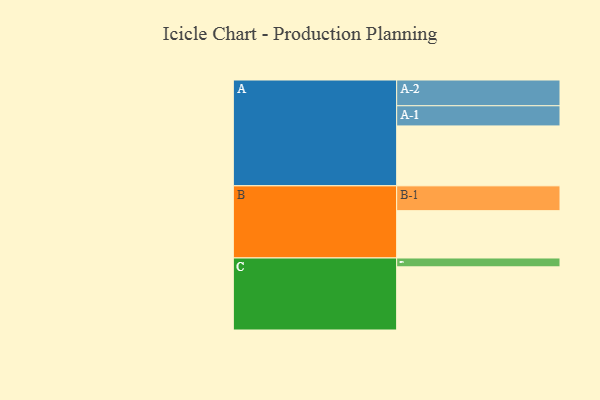
{"axis": {"x": "Segment", "y": "Value"}, "legend": ["", "A", "B", "C"], "data": [{"x": "A", "y": 386, "type": ""}, {"x": "B", "y": 305, "type": ""}, {"x": "C", "y": 407, "type": ""}, {"x": "A-1", "y": 130, "type": "A"}, {"x": "A-2", "y": 166, "type": "A"}, {"x": "B-1", "y": 160, "type": "B"}, {"x": "C-1", "y": 57, "type": "C"}]}